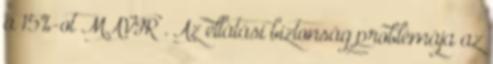
a 15%-ot MAVIR . Az ellátási biztonság problémája az